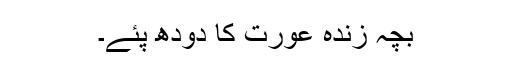
بچہ زندہ عورت کا دودھ پئے۔